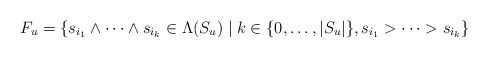
\begin{align*}F_u = \{ s_{i_1}\wedge \cdots \wedge s_{i_k} \in \Lambda(S_u)\mid k\in \{0,\ldots, |S_u|\}, s_{i_1}>\cdots>s_{i_k}\} \end{align*}